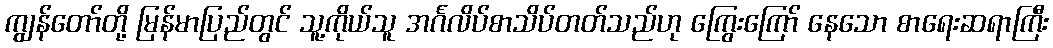
ကျွန်တော်တို့ မြန်မာပြည်တွင် သူ့ကိုယ်သူ အင်္ဂလိပ်စာသိပ်တတ်သည်ဟု ကြွေးကြော် နေသော စာရေးဆရာကြီး